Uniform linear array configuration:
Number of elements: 4
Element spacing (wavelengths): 0.5
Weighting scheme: binomial
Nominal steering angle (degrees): -60
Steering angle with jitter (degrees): -58.417
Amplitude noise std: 0.05
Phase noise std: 0.05

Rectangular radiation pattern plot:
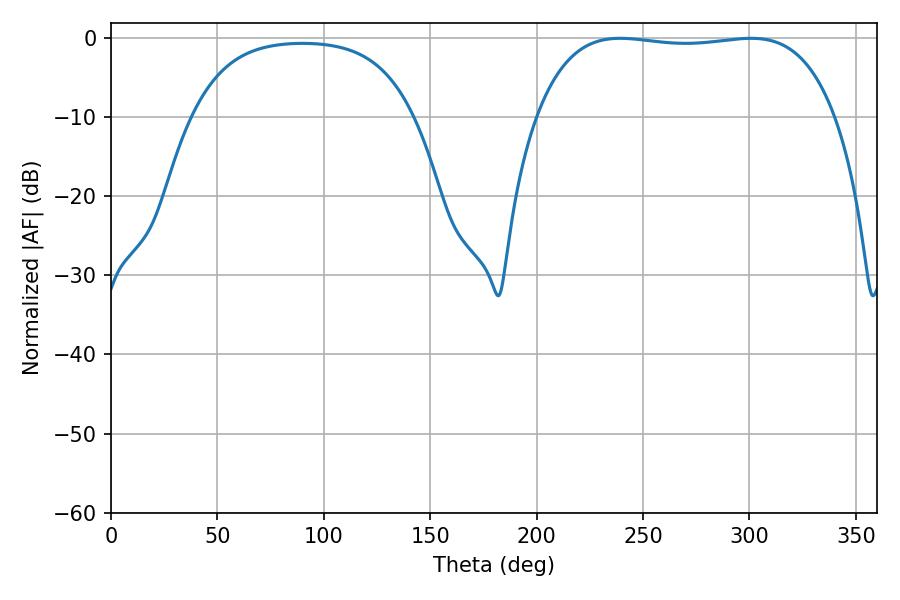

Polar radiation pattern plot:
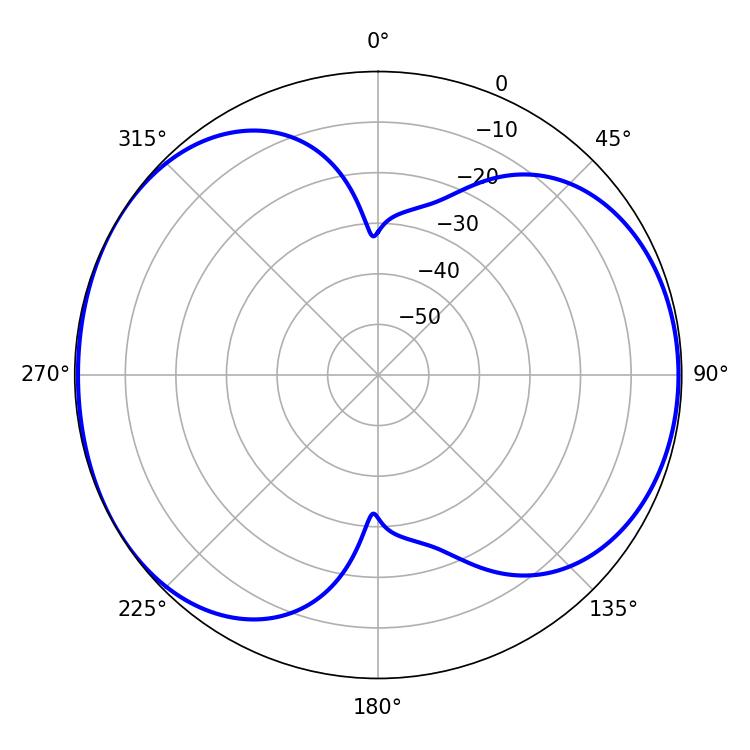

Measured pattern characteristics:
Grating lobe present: FALSE
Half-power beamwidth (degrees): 111.6
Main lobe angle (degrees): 239.22